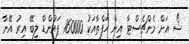
ޝޯ އަށް މެންޗެސްޓާ އިން ހަފްތާއަކު 160000 ޕައުންޑް ލިބޭ އިރު އޭނާ